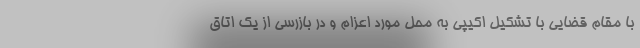
با مقام قضایی با تشکیل اکیپی به محل مورد اعزام و در بازرسی از یک اتاق